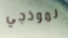
نموذجي